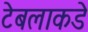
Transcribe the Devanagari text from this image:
टेबलाकडे